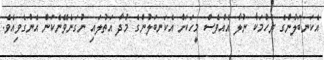
އެކަނބަލުންގެ ރުހުމަކާ ނުލާ އެއްވެސް މީހަކަށް އެކަނބަލުންގެ މުދާ އަތުލައި ނުގަނެވޭނެކަން އެންގެވިއެވެ.